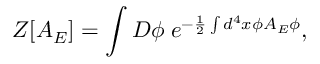
Z [ A _ { E } ] = \int D \phi \; e ^ { - \frac { 1 } { 2 } \int d ^ { 4 } x \phi A _ { E } \phi } ,